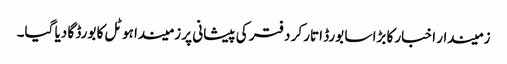
زمیندار اخبار کا بڑا سا بورڈ اتار کر دفتر کی پیشانی پر زمیندا ہوٹل کا بورڈ گا دیا گیا۔